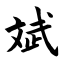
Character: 斌